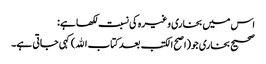
اس میں بخاری وغیرہ کی نسبت لکھا ہے:
صحیح بخاری جو(اصح الکتب بعد کتاب الله)کہی جاتی ہے۔